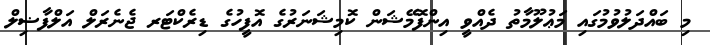
މި ބައްދަލުވުމުގައި މަޢުލޫމާތު ދެއްވީ އިންފޮމޭޝަން ކޮމިޝަނަރުގެ އޮފީހުގެ ޑިރެކްޓަރ ޖެނެރަލް އަލްފާޟިލް